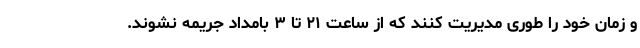
و زمان خود را طوری مدیریت کنند که از ساعت ۲۱ تا ۳ بامداد جریمه نشوند.